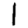
Digit: 1